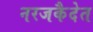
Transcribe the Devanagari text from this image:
नरजकैदेत